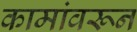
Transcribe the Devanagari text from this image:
कामांवरून